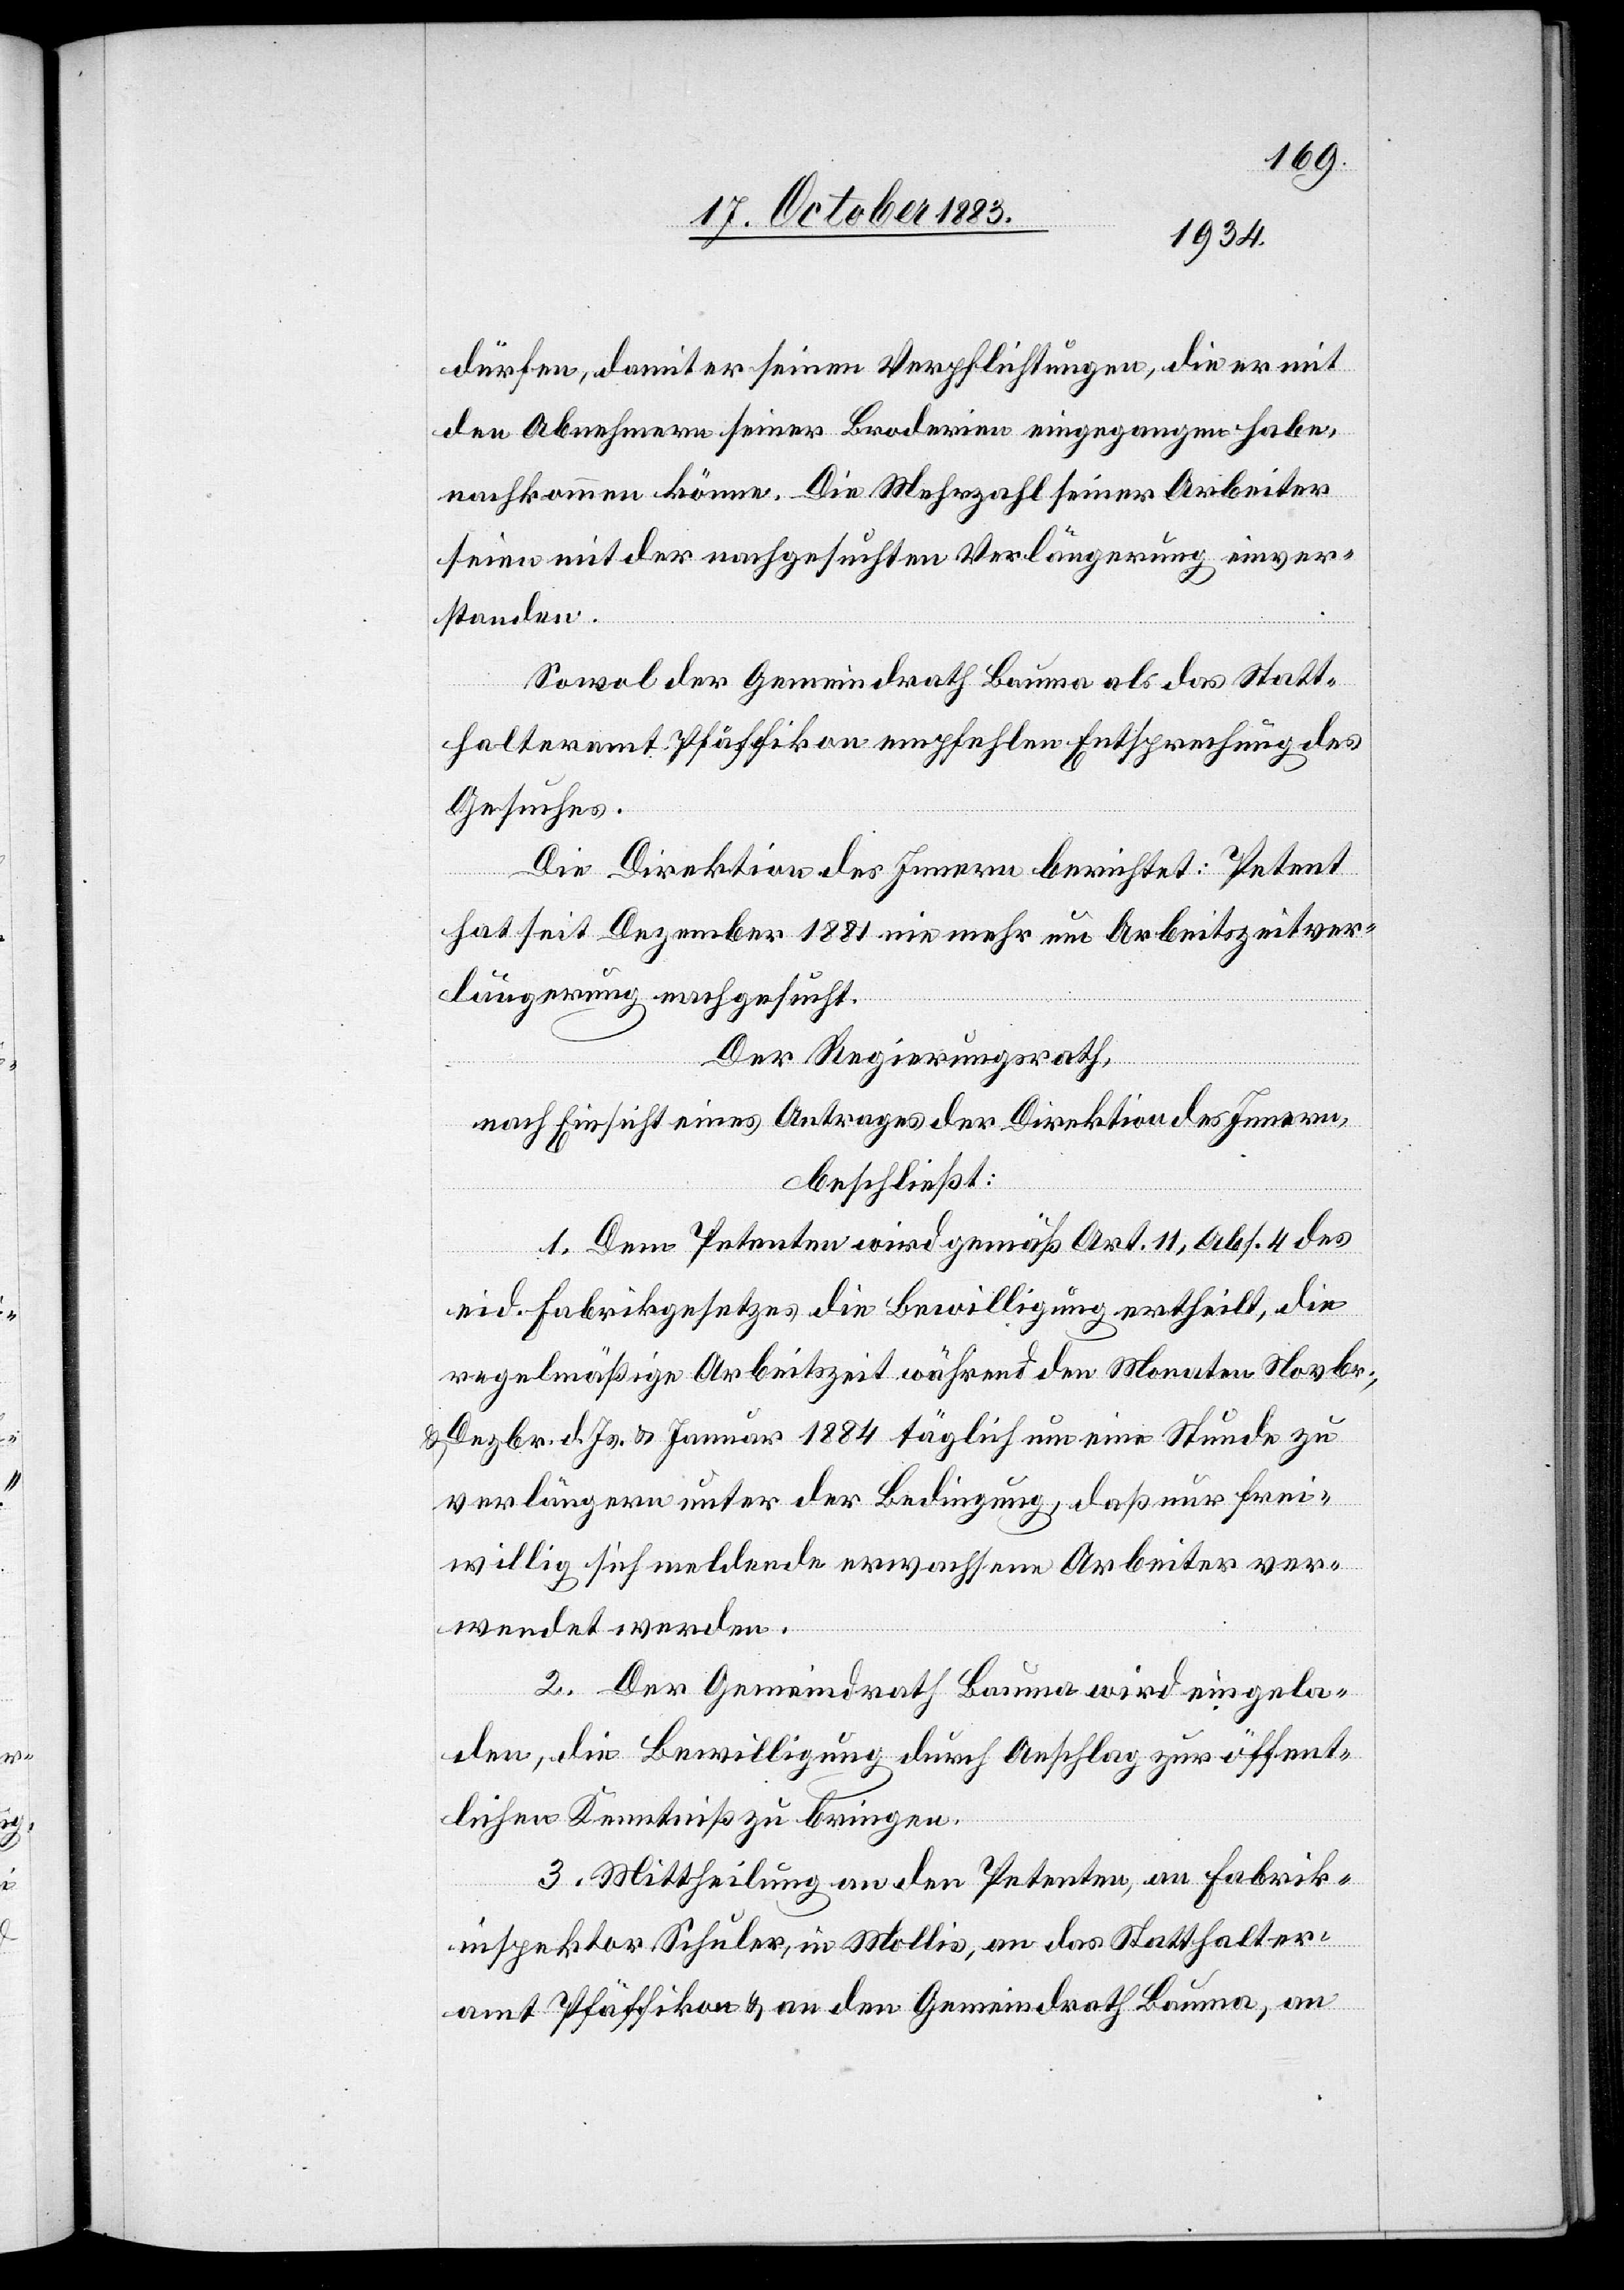
dürfen, damit er seinen Verpflichtungen, die er mit
dem Abnehmern seiner Broderien eingegangen habe,
nachkommen könne. Die Mehrzahl seiner Arbeiter
seien mit der nachgesuchten Verlängerung einver¬
standen.
Sowol der Gemeindrath Bauma als das Statt¬
halteramt Pfäffikon empfehlen Entsprechung des
Gesuches.
Die Direktion des Innern berichtet: Petent
hat seit Dezember 1881 nie mehr um Arbeitszeitver¬
längerung nachgesucht.
Der Regierungsrath,
nach Einsicht eines Antrages der Direktion des Innern,
beschließt:
1. Dem Petenten wird gemäß Art. 11, Abs. 4 des
eid. Fabrikgesetzes die Bewilligung ertheilt, die
regelmäßige Arbeitszeit während den Monaten Novbr.,
& Dezember d. Js. & Januar 1884 täglich um eine Stunde zu
verlängern unter der Bedingung, daß nur frei¬
willig sich meldende erwachsene Arbeiter ver¬
wendet werden.
2. Der Gemeindrath Bauma wird eingela¬
den, die Bewilligung durch Anschlag zur öffent¬
lichen Kenntniß zu bringen.
3. Mittheilung an den Petenten, an Fabrik¬
inspektor Schuler, in Mollis, an das Statthalter¬
amt Pfäffikon & an den Gemeindrath Bauma, an